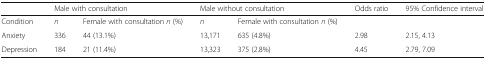
<table><thead><tr><td>[EMPTY_CELL]</td><td colspan="2"><b>Male with consultation</b></td><td colspan="2"><b>Male without consultation</b></td><td><b>Odds ratio</b></td><td><b>95% Confidence interval</b></td></tr></thead><tbody><tr><td>Condition</td><td><i>n</i></td><td>Female with consultation <i>n</i> (%)</td><td><i>n</i></td><td>Female with consultation <i>n</i> (%)</td><td>[EMPTY_CELL]</td><td>[EMPTY_CELL]</td></tr><tr><td>Anxiety</td><td>336</td><td>44 (13.1%)</td><td>13,171</td><td>635 (4.8%)</td><td>2.98</td><td>2.15, 4.13</td></tr><tr><td>Depression</td><td>184</td><td>21 (11.4%)</td><td>13,323</td><td>375 (2.8%)</td><td>4.45</td><td>2.79, 7.09</td></tr></tbody></table>